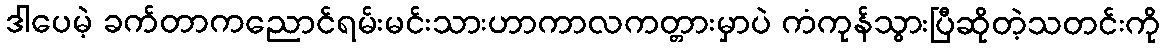
ဒါပေမဲ့ ခက်တာကညောင်ရမ်းမင်းသားဟာကာလကတ္တားမှာပဲ ကံကုန်သွားပြီဆိုတဲ့သတင်းကို